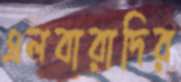
এলবারাদির